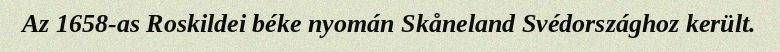
Az 1658-as Roskildei béke nyomán Skåneland Svédországhoz került.